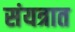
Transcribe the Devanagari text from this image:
संयत्रात